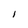
Character: I